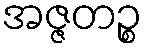
အဇ္ဇတဉ္စ